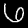
Label: 6